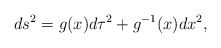
\begin{align*}ds^2=g(x)d\tau^2+g^{-1}(x)dx^2,\end{align*}